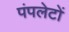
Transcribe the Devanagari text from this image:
पंपलेटों